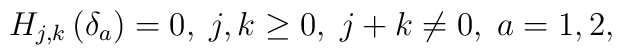
H_{j,k}\left( \delta _{a}\right) =0,\;j,k\geq 0,\;j+k\neq 0,\;a=1,2,